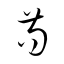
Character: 苟